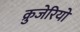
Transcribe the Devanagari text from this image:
क्रुजेरियो